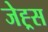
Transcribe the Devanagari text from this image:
जेह्र्स